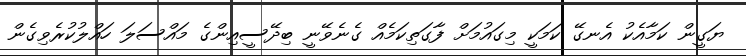
ޔަގީން ކަމާއެކު އެނގޭ ކަމަކީ މިގައުމަށް ފާގަތިކަމެއް ގެނެވޭނީ ބިދޭސީއިންގެ މައްސަލަ ހައްލުކުރެވިގެން